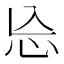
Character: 㤀